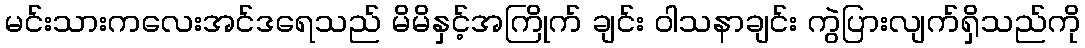
မင်းသားကလေးအင်ဒရေသည် မိမိနှင့်အကြိုက် ချင်း ဝါသနာချင်း ကွဲပြားလျက်ရှိသည်ကို